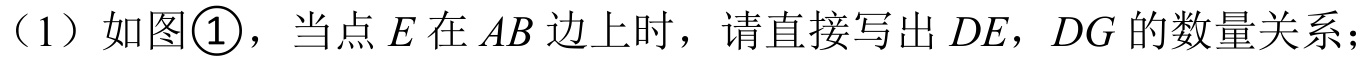
（1）如图\textcircled{1}，当点\(E\)在\(AB\)边上时，请直接写出\(DE\)，\(DG\)的数量关系；